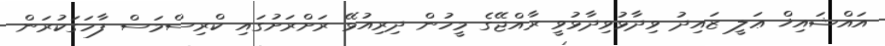
އައްޝައިޚް ޢަލީ ޒައިދު ވިދާޅުވިދާޅުވީ ރާއްޖޭގެ މީހުން ދިރިއުޅޭ ރަށްރަށުގައި ކްރިސްމަސް ފާހަގަކުރަން